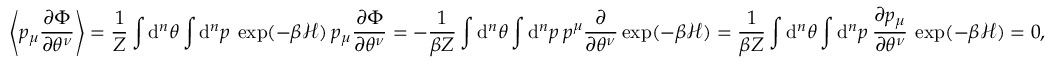
\left\langle p _ { \mu } \frac { \partial \Phi } { \partial \theta ^ { \nu } } \right\rangle = \frac { 1 } { Z } \int \mathrm { d } ^ { n } \theta \int \mathrm { d } ^ { n } p \: \exp ( - \beta \mathcal { H } ) \: p _ { \mu } \frac { \partial \Phi } { \partial \theta ^ { \nu } } = - \frac { 1 } { \beta Z } \int \mathrm { d } ^ { n } \theta \int \mathrm { d } ^ { n } p \: p ^ { \mu } \frac { \partial } { \partial \theta ^ { \nu } } \exp ( - \beta \mathcal { H } ) = \frac { 1 } { \beta Z } \int \mathrm { d } ^ { n } \theta \int \mathrm { d } ^ { n } p \: \frac { \partial p _ { \mu } } { \partial \theta ^ { \nu } } \: \exp ( - \beta \mathcal { H } ) = 0 ,